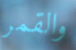
والقمر